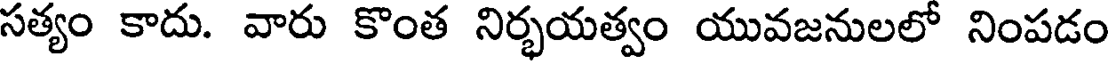
సత్యం కాదు. వారు కొంత నిర్భయత్వం యువజనులలో నింపడం